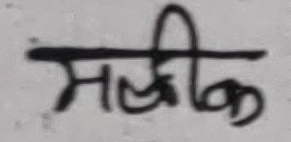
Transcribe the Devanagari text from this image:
मळीक